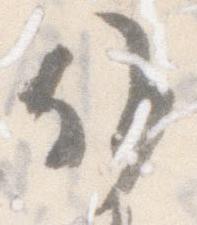
候